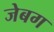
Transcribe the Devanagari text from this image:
जेबग